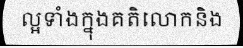
ល្អទាំងក្នុងគតិលោកនិង